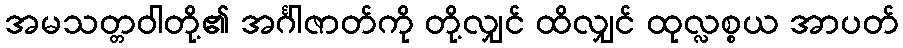
အမသတ္တဝါတို့၏ အင်္ဂါဇာတ်ကို တို့လျှင် ထိလျှင် ထုလ္လစ္စယ အာပတ်